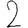
Digit: 2